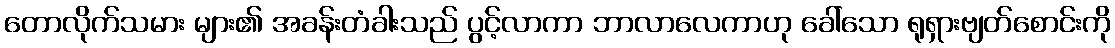
တောလိုက်သမား များ၏ အခန်းတံခါးသည် ပွင့်လာကာ ဘာလာလေကာဟု ခေါ်သော ရုရှားဗျတ်စောင်းကို